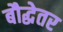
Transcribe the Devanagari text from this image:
बौद्धेतर